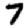
Digit: 7